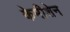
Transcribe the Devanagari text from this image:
केमीशेन